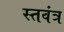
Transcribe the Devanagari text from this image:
स्तवंत्र